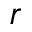
r